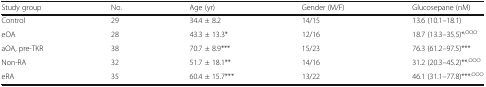
<table><thead><tr><td><b>Study group</b></td><td><b>No.</b></td><td><b>Age (yr)</b></td><td><b>Gender (M/F)</b></td><td><b>Glucosepane (nM)</b></td></tr></thead><tbody><tr><td>Control</td><td>29</td><td>34.4 ± 8.2</td><td>14/15</td><td>13.6 (10.1–18.1)</td></tr><tr><td>eOA</td><td>28</td><td>43.3 ± 13.3*</td><td>12/16</td><td>18.7 (13.3–35.5)*<sup>,OOO</sup></td></tr><tr><td>aOA, pre-TKR</td><td>38</td><td>70.7 ± 8.9***</td><td>15/23</td><td>76.3 (61.2–97.5)***</td></tr><tr><td>Non-RA</td><td>32</td><td>51.7 ± 18.1**</td><td>14/16</td><td>31.2 (20.3–45.2)**<sup>,OOO</sup></td></tr><tr><td>eRA</td><td>35</td><td>60.4 ± 15.7***</td><td>13/22</td><td>46.1 (31.1–77.8)***<sup>,OOO</sup></td></tr></tbody></table>